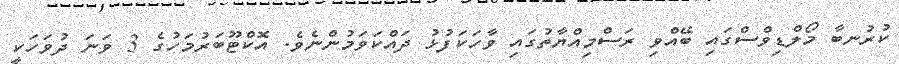
ކުރުނބާ މޯލްޑިވްސްގައި ބޭއްވި ރަސްމިއްޔާތުގައި ވާހަކަފުޅު ދައްކަވަމުންނެވެ. އޮކްޓޫބަރުމަހުގެ 3 ވަނަ ދުވަހަކީ